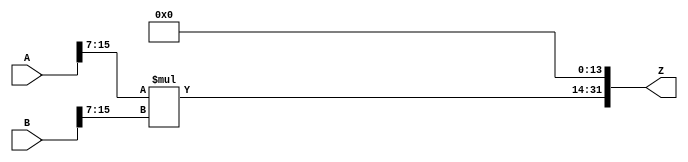
/***
* This code is a part of EvoApproxLib library (ehw.fit.vutbr.cz/approxlib) distributed under The MIT License.
* When used, please cite the following article(s): PRABAKARAN B. S., MRAZEK V., VASICEK Z., SEKANINA L., SHAFIQUE M. ApproxFPGAs: Embracing ASIC-based Approximate Arithmetic Components for FPGA-Based Systems. DAC 2020. 
***/
// MAE% = 0.097 %
// MAE = 4157440 
// WCE% = 0.39 %
// WCE = 16629761 
// WCRE% = 100.00 %
// EP% = 99.99 %
// MRE% = 1.56 %
// MSE = 24079.74e9 
// FPGA_POWER = 1.0
// FPGA_DELAY = 11
// FPGA_LUT = 80



module mul16u_HE2(
	A, 
	B,
	Z
);

input [16-1:0] A;
input [16-1:0] B;
output [2*16-1:0] Z;

wire [2*(16-7)-1:0] tmpZ;
assign tmpZ = A[16-1:7] * B[16-1:7];
assign Z = {tmpZ,{14{1'b0}}};
endmodule